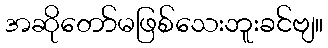
အဆိုတော်မဖြစ်သေးဘူးခင်ဗျ။